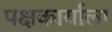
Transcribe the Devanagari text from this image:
पक्षकार्याला